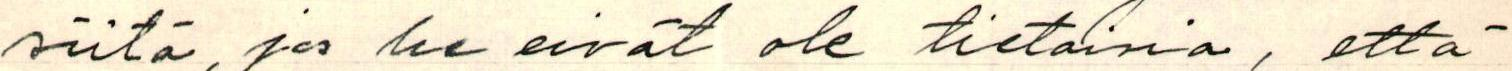
siitä, jos he eivät ole tietoisia, että